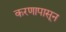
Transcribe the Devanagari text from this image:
करणापासून